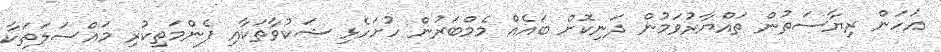
އަހަން ރިޔާސަތުން ތައްޔާރުވަމުން ދަނިކޮށް ބައެއް މެމްބަރުން ހުށަހެޅި ޝަކުވާތަކާއި ފެންމަތިކުރި މައްސަލަަތަކާ